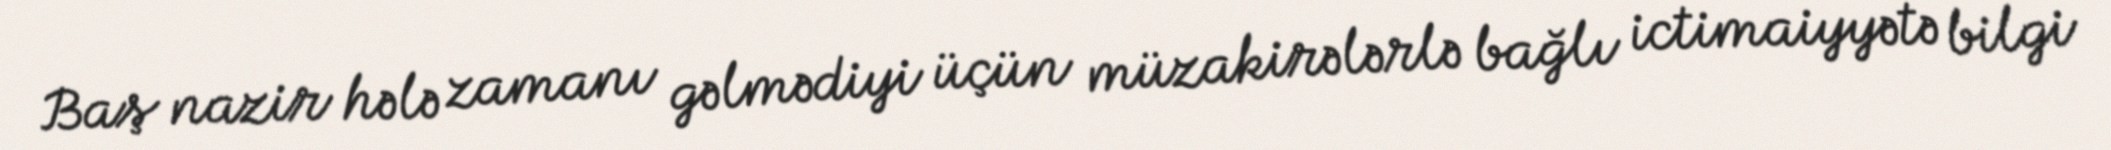
Baş nazir hələ zamanı gəlmədiyi üçün müzakirələrlə bağlı ictimaiyyətə bilgi